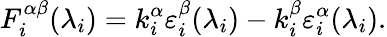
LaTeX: F_{i}^{\alpha\beta}(\lambda_{i})=k_{i}^{\alpha}\varepsilon_{i}^{\beta}(\lambda_{i})-k_{i}^{\beta}\varepsilon_{i}^{\alpha}(\lambda_{i}).